Indian journal of veterinary science and animal husbandry - Volumes 15-17, 1948-1951
Year: 1948
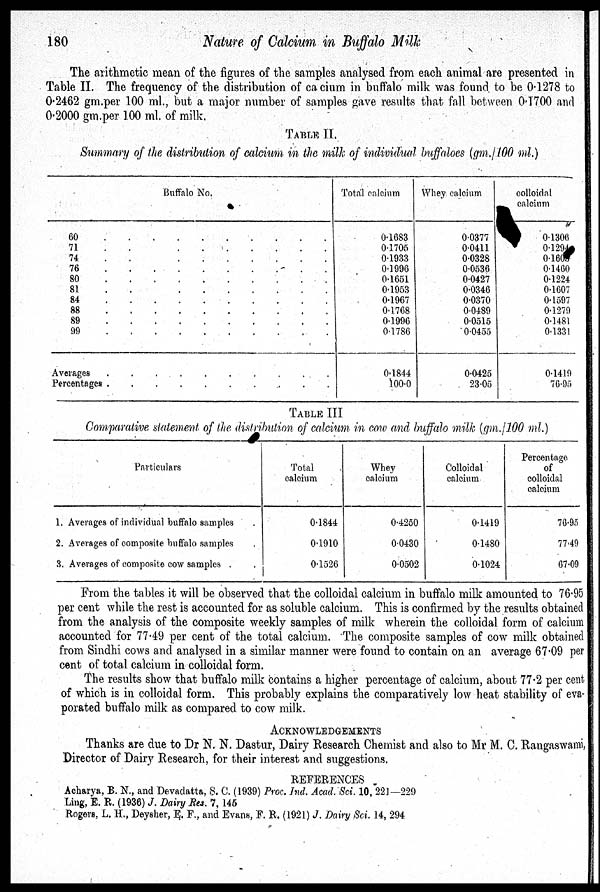
180
Nature of Calcium in Buffalo Milk
The arithmetic mean of the figures of the samples analysed from each animal are presented in
Table II. The frequency of the distribution of calcium in buffalo milk was found to be 0.1278 to
0.2462 gm.per 100 ml., but a major number of samples gave results that fall between 0.1700 and
0.2000 gm.per 100 ml. of milk.
TABLE II.
Summary of the distribution of calcium in the milk of individual buffaloes (gm./100 ml.)
Buffalo No.
60
.
.
.
.
.
.
.
.
.
.
71
.
.
.
.
.
.
.
.
.
.
74
.
.
.
.
.
.
.
.
.
.
76
.
.
.
.
.
.
.
.
.
.
80
.
.
.
.
.
.
.
.
.
.
81
.
.
.
.
.
.
.
.
.
.
84
.
.
.
.
.
.
.
.
.
.
88
.
.
.
.
.
.
.
.
.
.
89
.
.
.
.
.
.
.
.
.
.
99
.
.
.
.
.
.
.
.
.
.
Averages
.
.
.
.
.
.
.
.
.
.
Percentages
.
.
.
.
.
.
.
.
.
.
Total calcium
0.1683
0.1705
0.1933
0.1996
0.1651
0.1953
0.1967
0.1768
0.1996
0.1786
0.1844
100.0
Whey calcium
0.0377
0.0411
0.0328
0.0536
0.0427
0.0346
0.0370
0.0489
0.0515
0.0455
0.0425
23.05
colloidal
calcium
0.1306
0.1294
0.1609
0.1460
0.1224
0.1607
0.1597
0.1279
0.1481
0.1331
0.1419
76.95
TABLE III
Comparative statement of the distribution of calcium in cow and buffalo milk (gm./100 ml.)
Particulars
1. Averages of individual buffalo samples .
2. Averages of composite buffalo samples .
3. Averages of composite cow samples . .
Total
calcium
0.1844
0.1910
0.1526
Whey
calcium
0.4250
0.0430
0.0502
Colloidal
calcium
0.1419
0.1480
0.1024
Percentage
of
colloidal
calcium
76.95
77.49
67.09
From the tables it will be observed that the colloidal calcium in buffalo milk amounted to 76.95
per cent while the rest is accounted for as soluble calcium. This is confirmed by the results obtained
from the analysis of the composite weekly samples of milk wherein the colloidal form of calcium
accounted for 77.49 per cent of the total calcium. The composite samples of cow milk obtained
from Sindhi cows and analysed in a similar manner were found to contain on an average 67.09 per
cent of total calcium in colloidal form.
The results show that buffalo milk contains a higher percentage of calcium, about 77.2 per cent
of which is in colloidal form. This probably explains the comparatively low heat stability of eva-
porated buffalo milk as compared to cow milk.
ACKNOWLEDGEMENTS
Thanks are due to Dr N. N. Dastur, Dairy Research Chemist and also to Mr M. C. Rangaswami
Director of Dairy Research, for their interest and suggestions.
REFERENCES
Acharya, B. N., and Devadatta, S. C. (1939) Proc. Ind. Acad. Sci. 10, 221—229
Ling, E. R. (1936) J. Dairy Res. 7, 145
Rogers, L. H., Deysher, E. F., and Evans, F.R. (1921) J. Dairy Sci. 14,